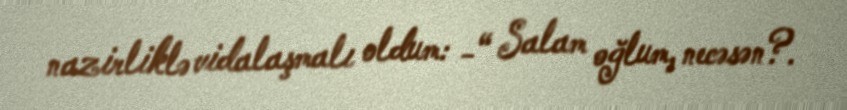
nazirliklə vidalaşmalı oldum: -“ Salam oğlum, necəsən?.